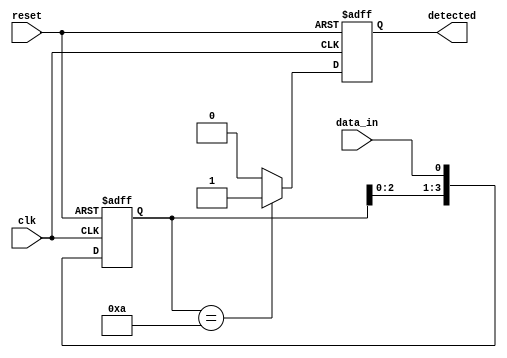
module pattern_detector #(
    parameter PATTERN_LENGTH = 4, // Length of the pattern
    parameter PATTERN = 4'b1010    // Define the pattern to be detected (example pattern)
)(
    input wire clk,                 // Clock signal
    input wire reset,               // Asynchronous reset signal
    input wire data_in,             // Input data stream
    output reg detected             // Output signal indicating detection
);

    // Internal registers for flip-flops
    reg [PATTERN_LENGTH-1:0] shift_reg; // Shift register to hold the current state
    reg [PATTERN_LENGTH-1:0] pattern_reg; // Register to hold the pattern

    // Initialize pattern register
    initial begin
        pattern_reg = PATTERN; // Load the predefined pattern
        detected = 1'b0; // Initialize detected signal to low
    end

    // Process on rising edge of clock
    always @(posedge clk or posedge reset) begin
        if (reset) begin
            shift_reg <= 0; // Clear the shift register
            detected <= 1'b0; // Reset detected signal
        end else begin
            // Shift the input signal into the shift register
            shift_reg <= {shift_reg[PATTERN_LENGTH-2:0], data_in};

            // Check for pattern match
            if (shift_reg == pattern_reg) begin
                detected <= 1'b1; // Set detected signal high on match
            end else begin
                detected <= 1'b0; // Clear detected signal on no match
            end
        end
    end

endmodule